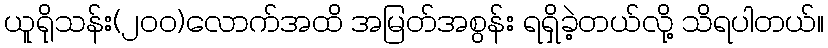
ယူရိုသန်း(၂၀၀)လောက်အထိ အမြတ်အစွန်း ရရှိခဲ့တယ်လို့ သိရပါတယ်။